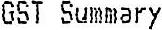
GST SUMMARY